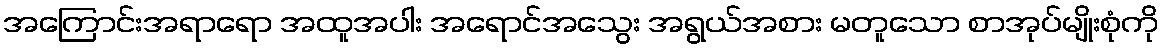
အကြောင်းအရာရော အထူအပါး အရောင်အသွေး အရွယ်အစား မတူသော စာအုပ်မျိုးစုံကို